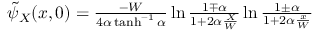
\begin{array} { r } { \tilde { \psi } _ { X } ( x , 0 ) = \frac { - W } { 4 \alpha \operatorname { t a n h } ^ { - 1 } \alpha } \ln \frac { 1 \mp \alpha } { 1 + 2 \alpha \frac { X } { W } } \ln \frac { 1 \pm \alpha } { 1 + 2 \alpha \frac { x } { W } } } \end{array}